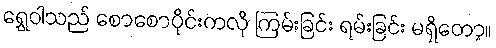
ရွှေဝါသည် စောစောပိုင်းကလို ကြမ်းခြင်း ရမ်းခြင်း မရှိတော့။